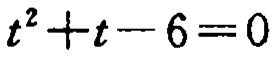
\(t^{2}+t - 6 = 0\)